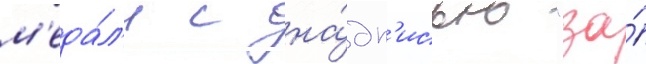
м'еда́л'и с на́дп'исью "за́